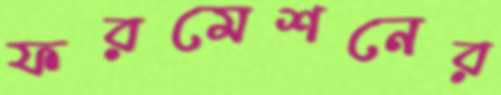
ফরমেশনের